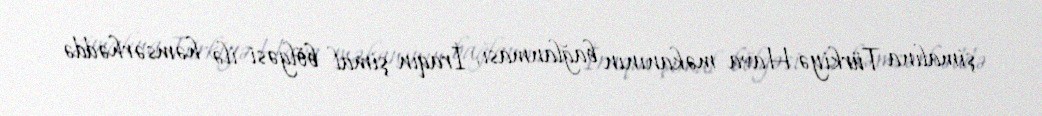
şimalına Türkiyə Hava məkanının bağlanması, İraqın şimal bölgəsi ilə həmsərhəddə